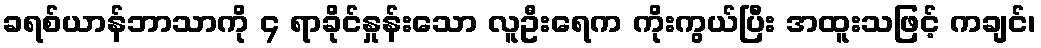
ခရစ်ယာန်ဘာသာကို ၄ ရာခိုင်နှုန်းသော လူဦးရေက ကိုးကွယ်ပြီး အထူးသဖြင့် ကချင်၊